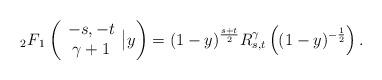
LaTeX: \begin{align*}{}_{2}F{}_{1}\left( \begin{array}{c}-s,-t \\ \gamma +1\end{array}\big|y\right) =(1-y)^{\frac{s+t}{2}}R_{s,t}^{\gamma }\left( (1-y)^{-\frac{1}{2}}\right) .\end{align*}